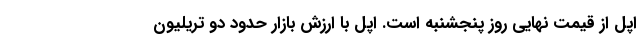
اپل از قیمت نهایی روز پنجشنبه است. اپل با ارزش بازار حدود دو تریلیون